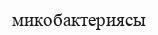
микобактериясы